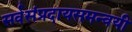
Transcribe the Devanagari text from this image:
सर्वसंप्रदायसमन्वयी